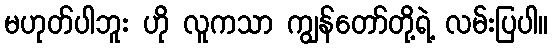
မဟုတ်ပါဘူး ဟို လူကသာ ကျွန်တော်တို့ရဲ့ လမ်းပြပါ။